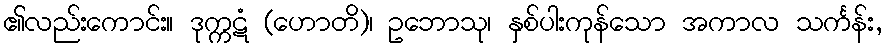
၏လည်းကောင်း။ ဒုက္ကဋံ (ဟောတိ)၊ ဥဘောသု၊ နှစ်ပါးကုန်သော အကာလ သင်္ကန်း,